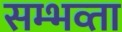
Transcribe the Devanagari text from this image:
सम्भव्ता